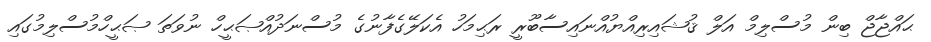
ޙައްޖާޖް ބިން މުސްލިމް އަލް ޤުޝައިރިއްޔުއްނައިސާބޫރީ ރަޙިމަހު އެކަލޭގެފާނުގެ މުސްނަދުއްޞަޙީހް ނުވަތަ ޞަޙީހްމުސްލިމުގައި